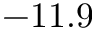
- 1 1 . 9